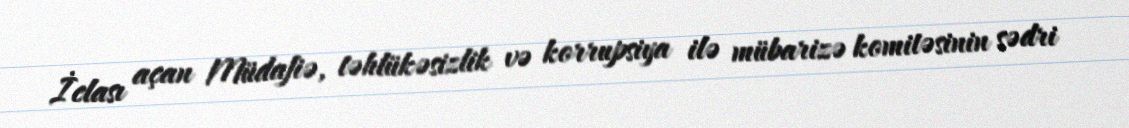
İclası açan Müdafiə, təhlükəsizlik və korrupsiya ilə mübarizə komitəsinin sədri